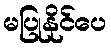
မပြုနိုင်ပေ